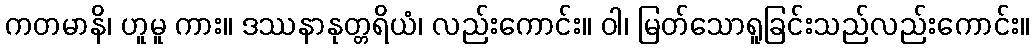
ကတမာနိ၊ ဟူမူ ကား။ ဒဿနာနုတ္တရိယံ၊ လည်းကောင်း။ ဝါ၊ မြတ်သောရူခြင်းသည်လည်းကောင်း။